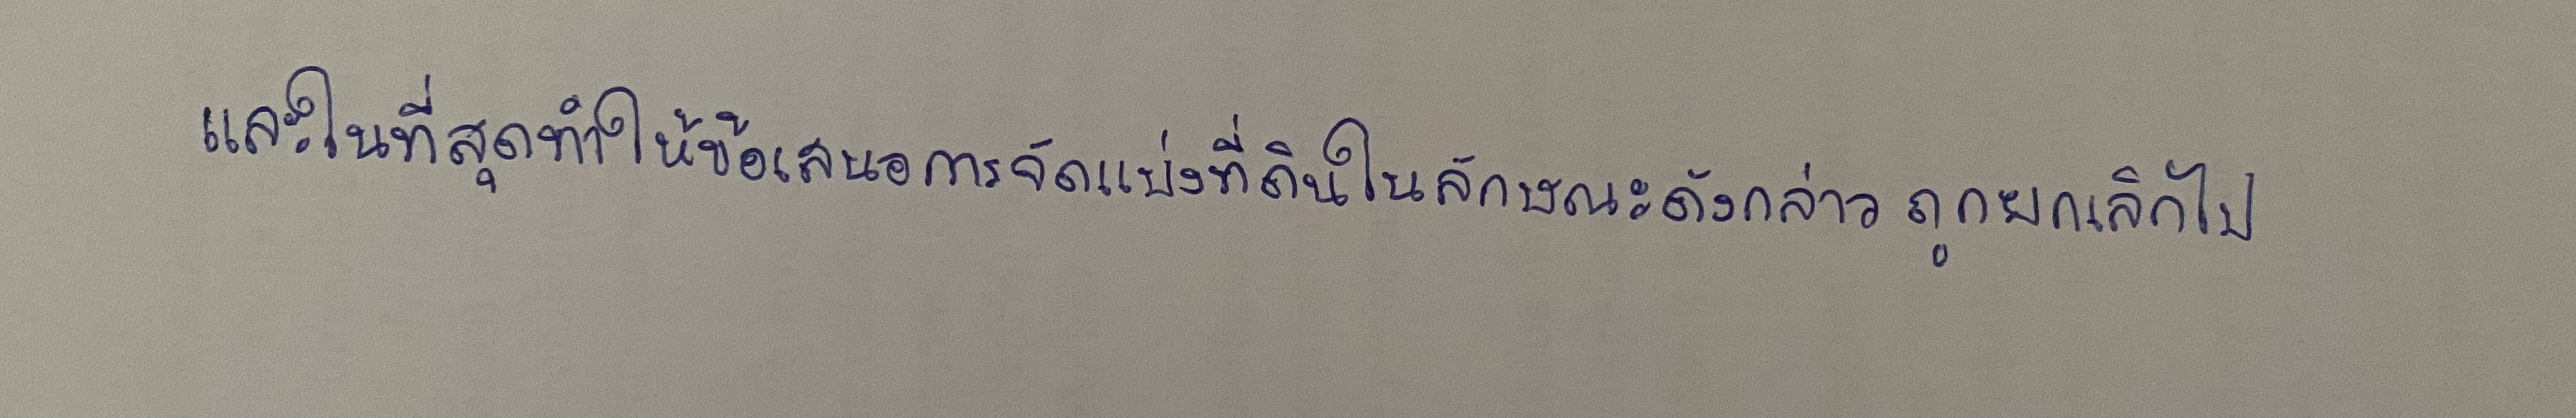
และในที่สุดทำให้ข้อเสนอการจัดแบ่งที่ดินในลักษณะดังกล่าวถูกยกเลิกไป